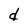
Character: d